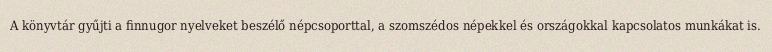
A könyvtár gyűjti a finnugor nyelveket beszélő népcsoporttal, a szomszédos népekkel és országokkal kapcsolatos munkákat is.